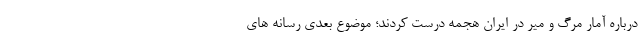
درباره آمار مرگ و میر در ایران هجمه درست کردند؛ موضوع بعدی رسانه های